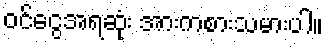
ဝင်ငွေအရဆုံး အားကစားသမားပါ။